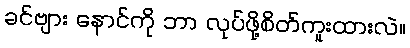
ခင်ဗျား နောင်ကို ဘာ လုပ်ဖို့စိတ်ကူးထားလဲ။